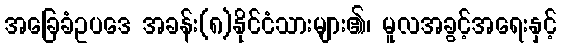
အခြေခံဥပဒေ အခန်း(၈)နိုင်ငံသားများ၏၊ မူလအခွင့်အရေးနှင့်